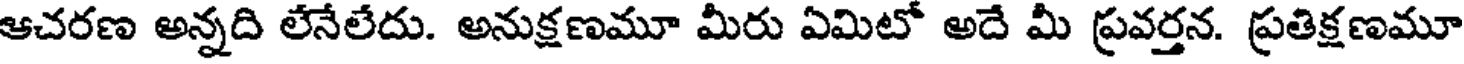
ఆచరణ అన్నది లేనేలేదు. అనుక్షణమూ మీరు ఏమిటో అదే మీ ప్రవర్తన. ప్రతిక్షణమూ